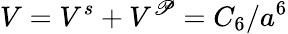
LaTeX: V=V^{s}+V^{\mathscr{P}}=C_{6}/a^{6}